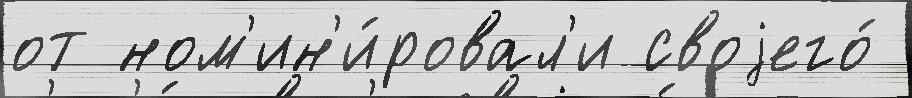
от ном'ин'и́ровал'и своjего́